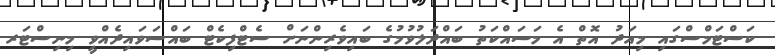
ކަސްޓަމްސްގައި މިއަދު އޮތް އެ މަސައްކަތު ބައްދަލުވުމުގެ ބައިވެރިންނަށް ސެޓްފިކެޓް ބައްސަވައިދެއްވީ މިނިސްޓަރ